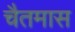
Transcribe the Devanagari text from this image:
चैतमास